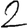
Digit: 2